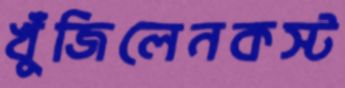
খুঁজিলেনকস্ট